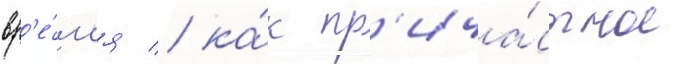
вр'е́м'я / ка́к пр'ича́стное